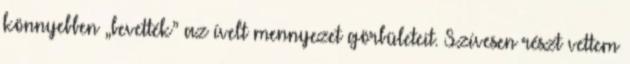
könnyebben „bevették” az ívelt mennyezet görbületeit. Szívesen részt vettem